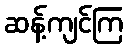
ဆန့်ကျင်ကြ